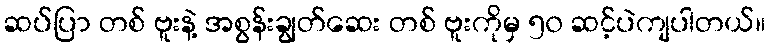
ဆပ်ပြာ တစ် ဗူးနဲ့ အစွန်းချွတ်ဆေး တစ် ဗူးကိုမှ ၅၀ ဆင့်ပဲကျပါတယ်။